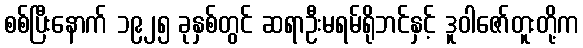
စစ်ပြီးနောက် ၁၉၂၅ ခုနှစ်တွင် ဆရာဦးမရမ်ရိုဘင်နှင့် ဒူဝါဇော်တူးတို့က